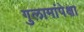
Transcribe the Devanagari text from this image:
गुलामांपेक्षा